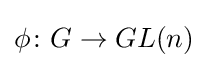
\phi \colon G\to GL(n)